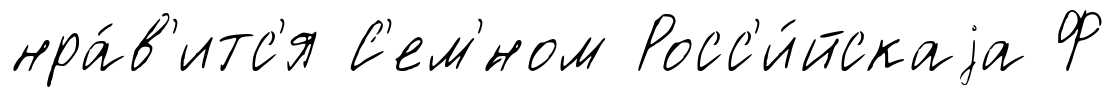
нра́в'итс'я С'ем'́ном Росс'и́йскаjа Ф